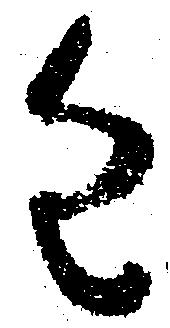
進